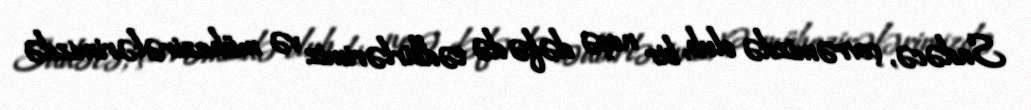
Sadəcə, çevrəmizdə olub, bir neçə dəfə də tədbirlərimiz və mühazirələrimizdə